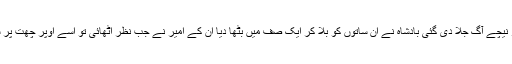
چنانچہ دیگ میں تیل بھر کر نیچے آگ جلا دی گئی بادشاہ نے ان ساتوں کو بلا کر ایک صف میں بٹھا دیا ان کے امیر نے جب نظر اٹھائی تو اسے اوپر چھت پر سات حسین لڑکیاں نظر آئیں ۔